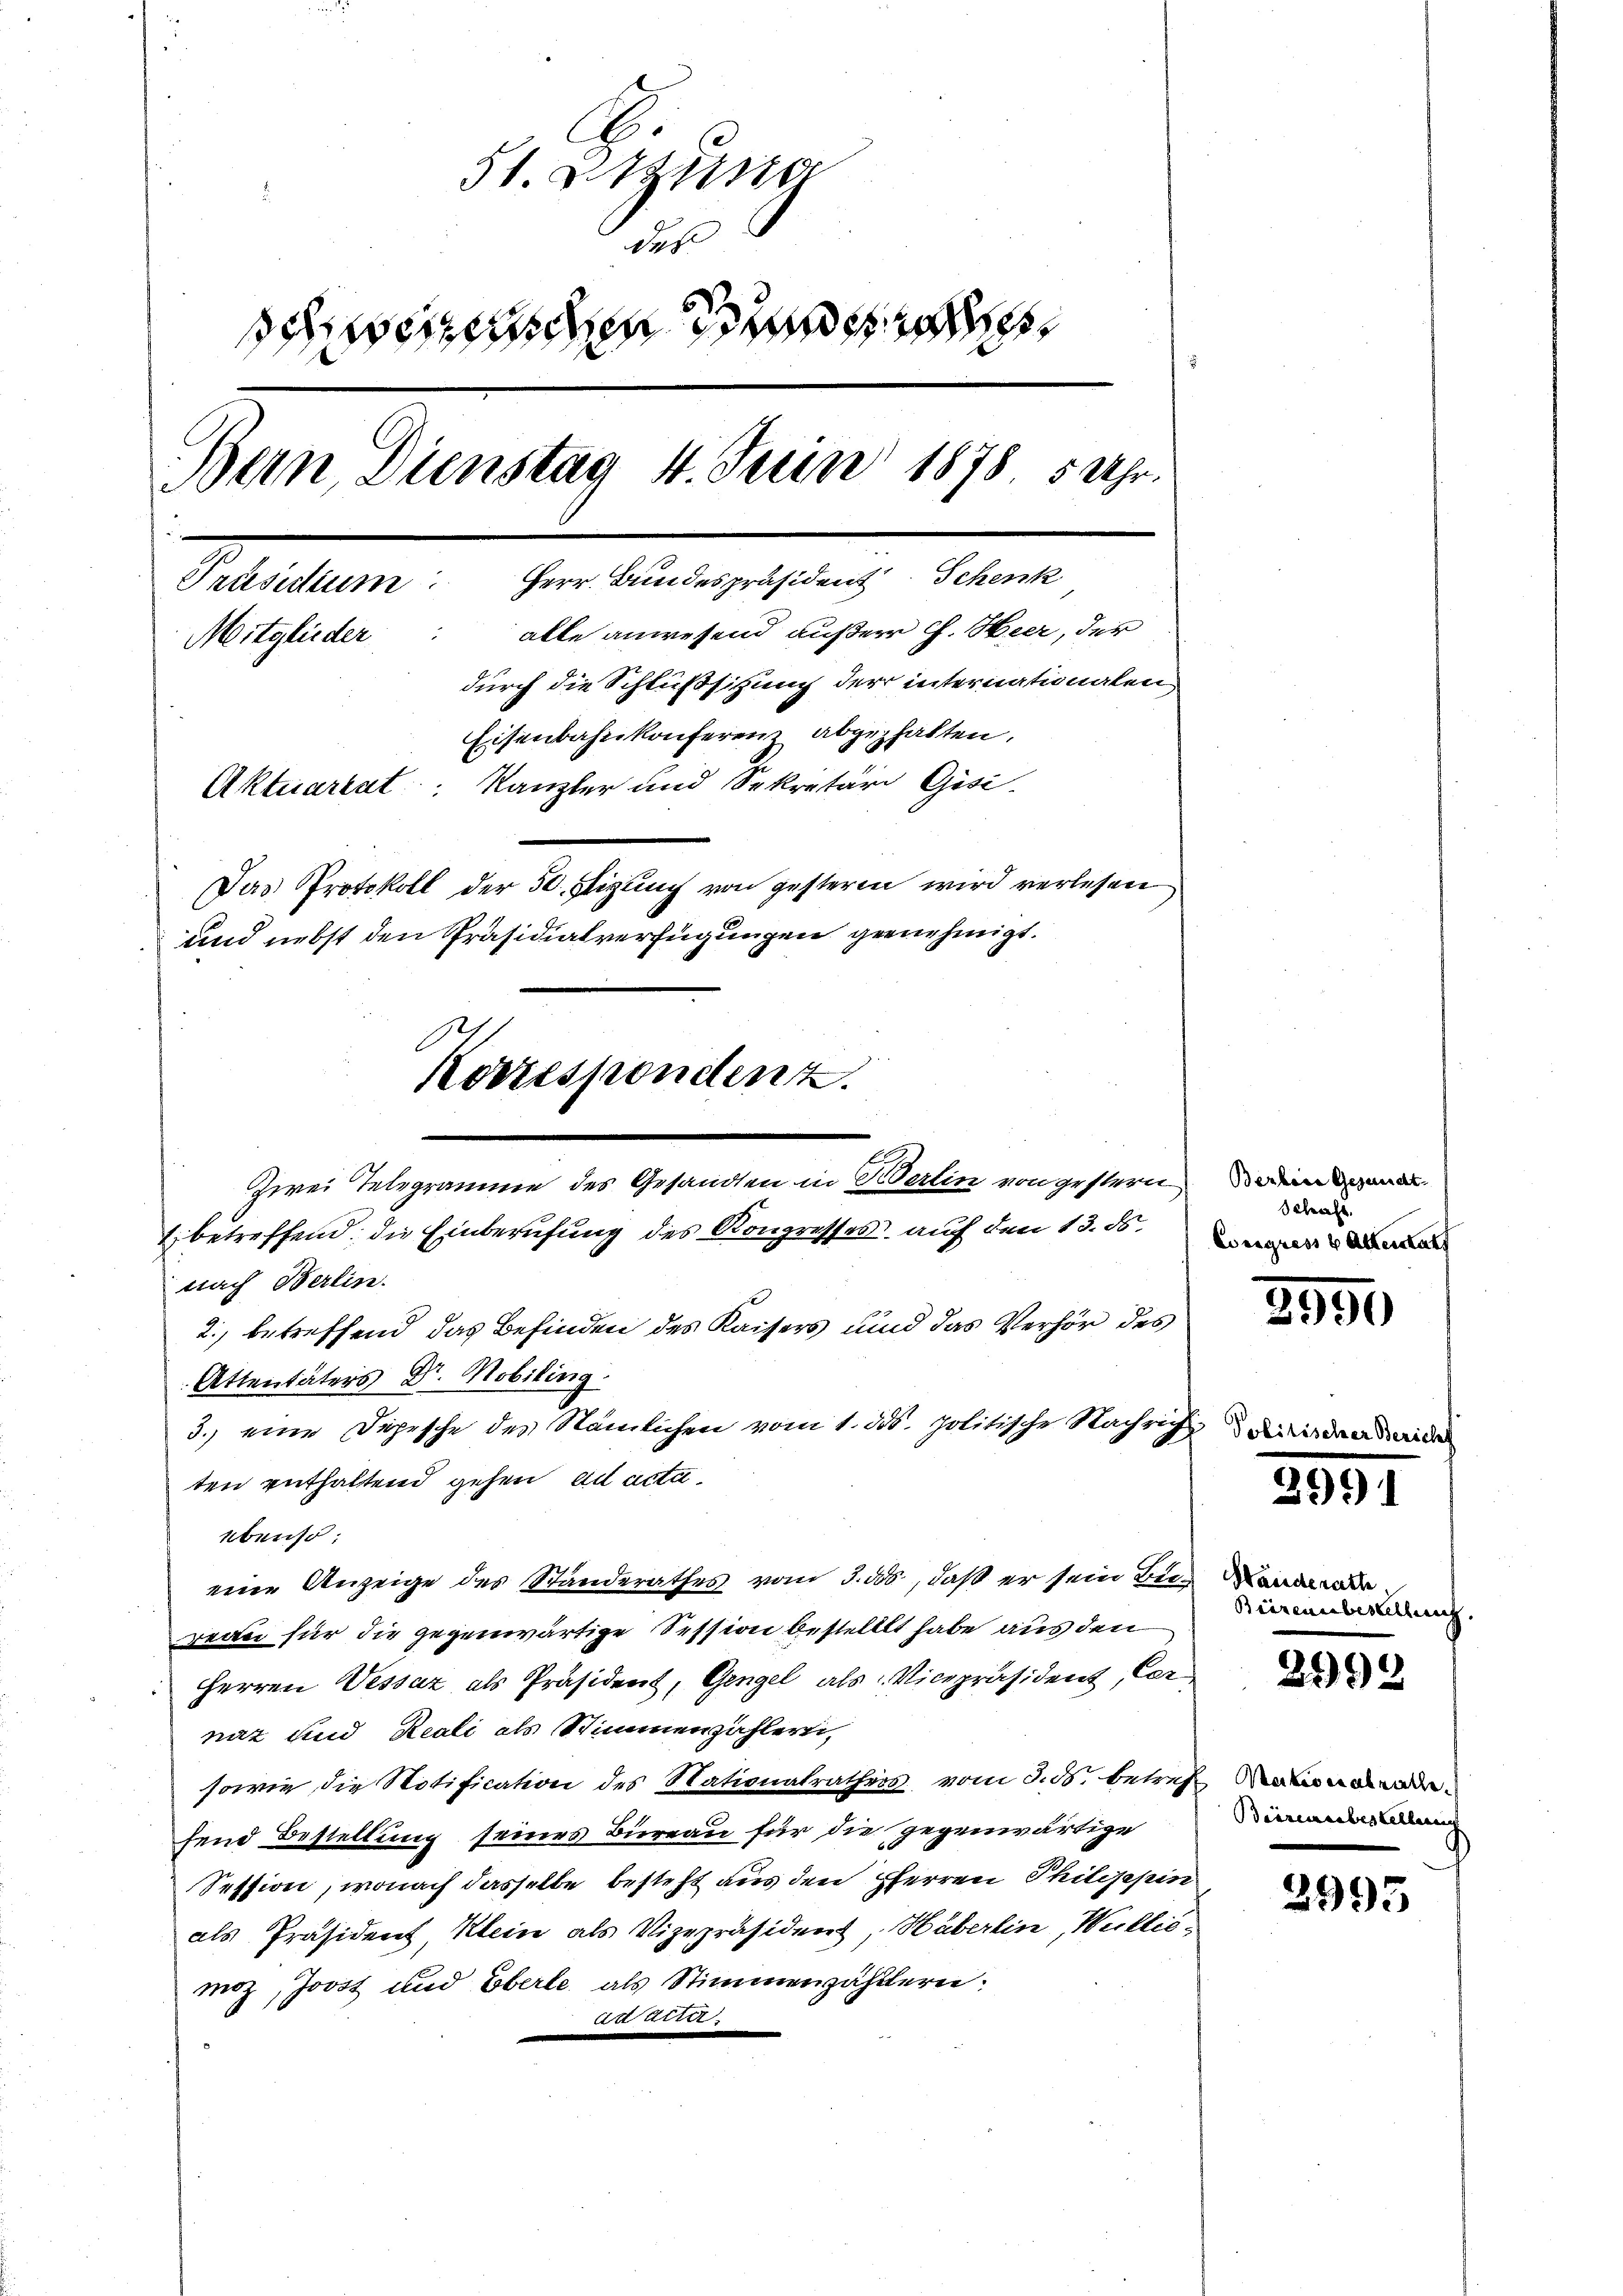
u
51. Aug
dopfe
enden de
Bern, Dienstag 4. Juin 1878. 5 Uhr.
Präsidium. Herr Bundespräsident Schenk
alle anwesend außer C. Heer, der
.
Mitglieder
durch die Schlußsitzung der internationalen
Eisenbahnkonferen abgezhalten.
Aktuariat Kanzler und Sekretär Gisi-
Das Protokoll der 50. Sizung von gesteren wird verlesen
und nebst den Präsidialverfügungen gernehmigt.
Korrespondenz.

Zwei Telegramme des Gesandten in Berlin von gestern

1. betreffend, die Einberufung des Kongresses auf den 13. ds.
nach Berlin.
2., betreffend das Befinden des Kaisers und das Verhör des
Attentäters Dr. Mobiling.
3.) eine Depesche des Nämlichen vom 1. ds. politische Nachrich-
ten enthaltend gehen ad acta
ebenso:
eine Anzeige des Standerathes vom 3. ds, daß er sein an ande
reae für die gegenwärtige Session bestellt habe aus den
Herren Vessaz als Präsident, Gengel als Vicepräsident, Cer
nat und Reali als Stimmenzählern,
sowie die Notification des Nationalrathes vom 3. ds. betref Nationsende
fend Bestellung seines Büreau für die gegenwärtige
Session, wonach dasselbe besteht aus den Herren Philippin
als Präsident Klein als Vizepräsident, Häberlin, Wallismoz, Joost und Eberle, als Stimmenzählern.
122 2032

Berbare Gesandt
Schaft.
Wegress v. Alterstatt

3950

.

Biezensbestelleich

2992

Biarensbestelleneich

2995